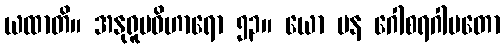
ယထာတိ။ အနုရူပဝိဟာရော ၅၃။ ယော ပန ဂေါစရဂါမတော